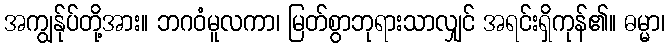
အကျွန်ုပ်တို့အား။ ဘဂဝံမူလကာ၊ မြတ်စွာဘုရားသာလျှင် အရင်းရှိကုန်၏။ ဓမ္မာ၊